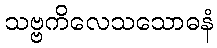
သဗ္ဗကိလေသသောဓနံ